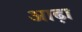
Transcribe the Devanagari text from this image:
आढ़ा